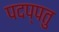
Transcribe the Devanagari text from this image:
पदप्पतु